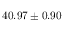
4 0 . 9 7 \pm 0 . 9 0